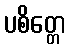
ပစိတ္တေ